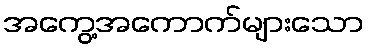
အကွေ့အကောက်များသော